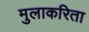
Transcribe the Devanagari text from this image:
मुलाकरिता